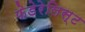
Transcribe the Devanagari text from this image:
फेडेरेलिस्ट